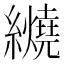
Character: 𬘏